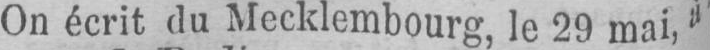
On écrit du Mecklembourg, le 29 mai, à